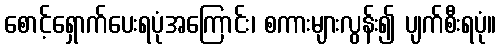
စောင့်ရှောက်ပေးရပုံအကြောင်း၊ စကားများလွန်း၍ ပျက်စီးရပုံ။